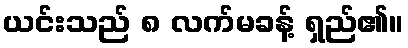
ယင်းသည် ၈ လက်မခန့် ရှည်၏။